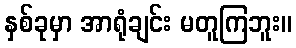
နှစ်ခုမှာ အာရုံချင်း မတူကြဘူး။